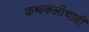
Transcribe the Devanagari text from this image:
कथकलीचाही